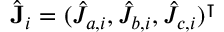
\hat { \mathbf { J } } _ { i } = ( \hat { J } _ { a , i } , \hat { J } _ { b , i } , \hat { J } _ { c , i } ) ^ { \intercal }